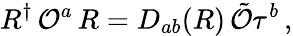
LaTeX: R^{\dagger}\, \mathcal{O}^{a}\, R=D_{ab}(R)\, \tilde{{\mathcal{O}}}\tau^{b}\, ,